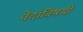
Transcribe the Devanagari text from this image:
वेदांविषयी